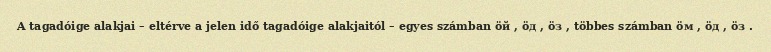
A tagadóige alakjai – eltérve a jelen idő tagadóige alakjaitól – egyes számban öй , öд , öз , többes számban öм , öд , öз .